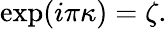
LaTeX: \exp(i\pi\kappa)=\zeta.